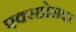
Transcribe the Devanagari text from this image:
एक्सप्रेसवर